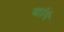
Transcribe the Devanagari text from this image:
आउँगी